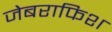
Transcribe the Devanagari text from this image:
जेबराफिश